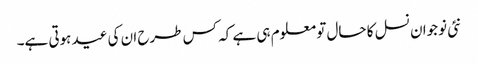
نئی نوجوان نسل کا حال تو معلوم ہی ہے کہ کس طرح ان کی عید ہوتی ہے۔